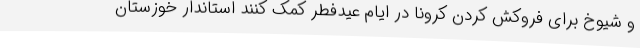
و شیوخ برای فروکش کردن کرونا در ایام عیدفطر کمک کنند استاندار خوزستان